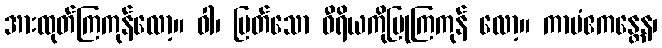
အားထုတ်ကြကုန်လော့။ ဝါ၊ မြတ်သော ဝီရိယကိုပြုကြကုန် လော့။ ကာမံဧကန္တေန၊